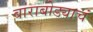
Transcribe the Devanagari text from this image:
बाराबोड्याचं